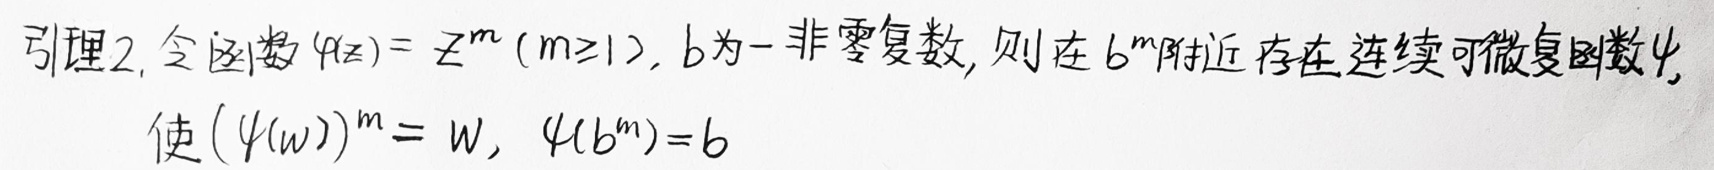
引理2. 令函数$\varphi(z)=z^m(m\geq1)$，$b$为一非零复数，则在$b^m$附近存在连续可微复函数$\psi$，使$(\psi(w))^m = w$，$\psi(b^m)=b$。